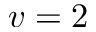
v = 2